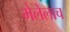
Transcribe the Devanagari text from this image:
मेलेलाच